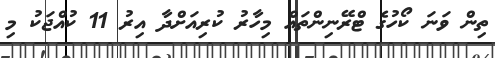
ތިން ވަނަ ކޯހުގެ ޓްރޭނިންތައް މިހާރު ކުރިއަށްދާ އިރު 11 ކުއްޖަކު މި